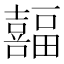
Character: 𫬸